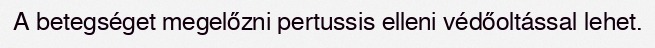
A betegséget megelőzni pertussis elleni védőoltással lehet.